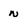
Character: N